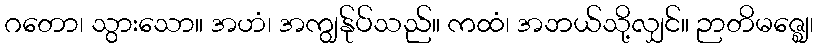
ဂတော၊ သွားသော။ အဟံ၊ အကျွန်ုပ်သည်။ ကထံ၊ အဘယ်သို့လျှင်။ ဉာတိမဇ္ဈေ၊